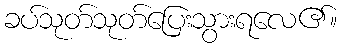
ခပ်သုတ်သုတ်ပြေးသွားရလေ၏။